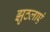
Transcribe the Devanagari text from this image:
झुठलाएं